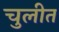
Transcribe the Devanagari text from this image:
चुलीत